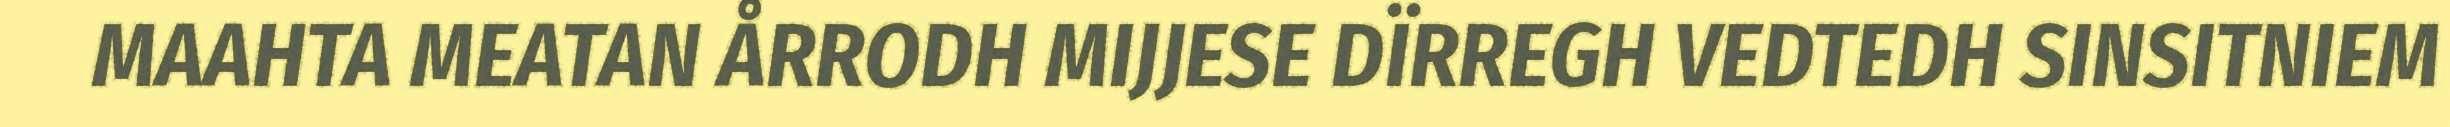
MAAHTA MEATAN ÅRRODH MIJJESE DÏRREGH VEDTEDH SINSITNIEM